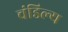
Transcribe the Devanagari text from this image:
चंडिल्य